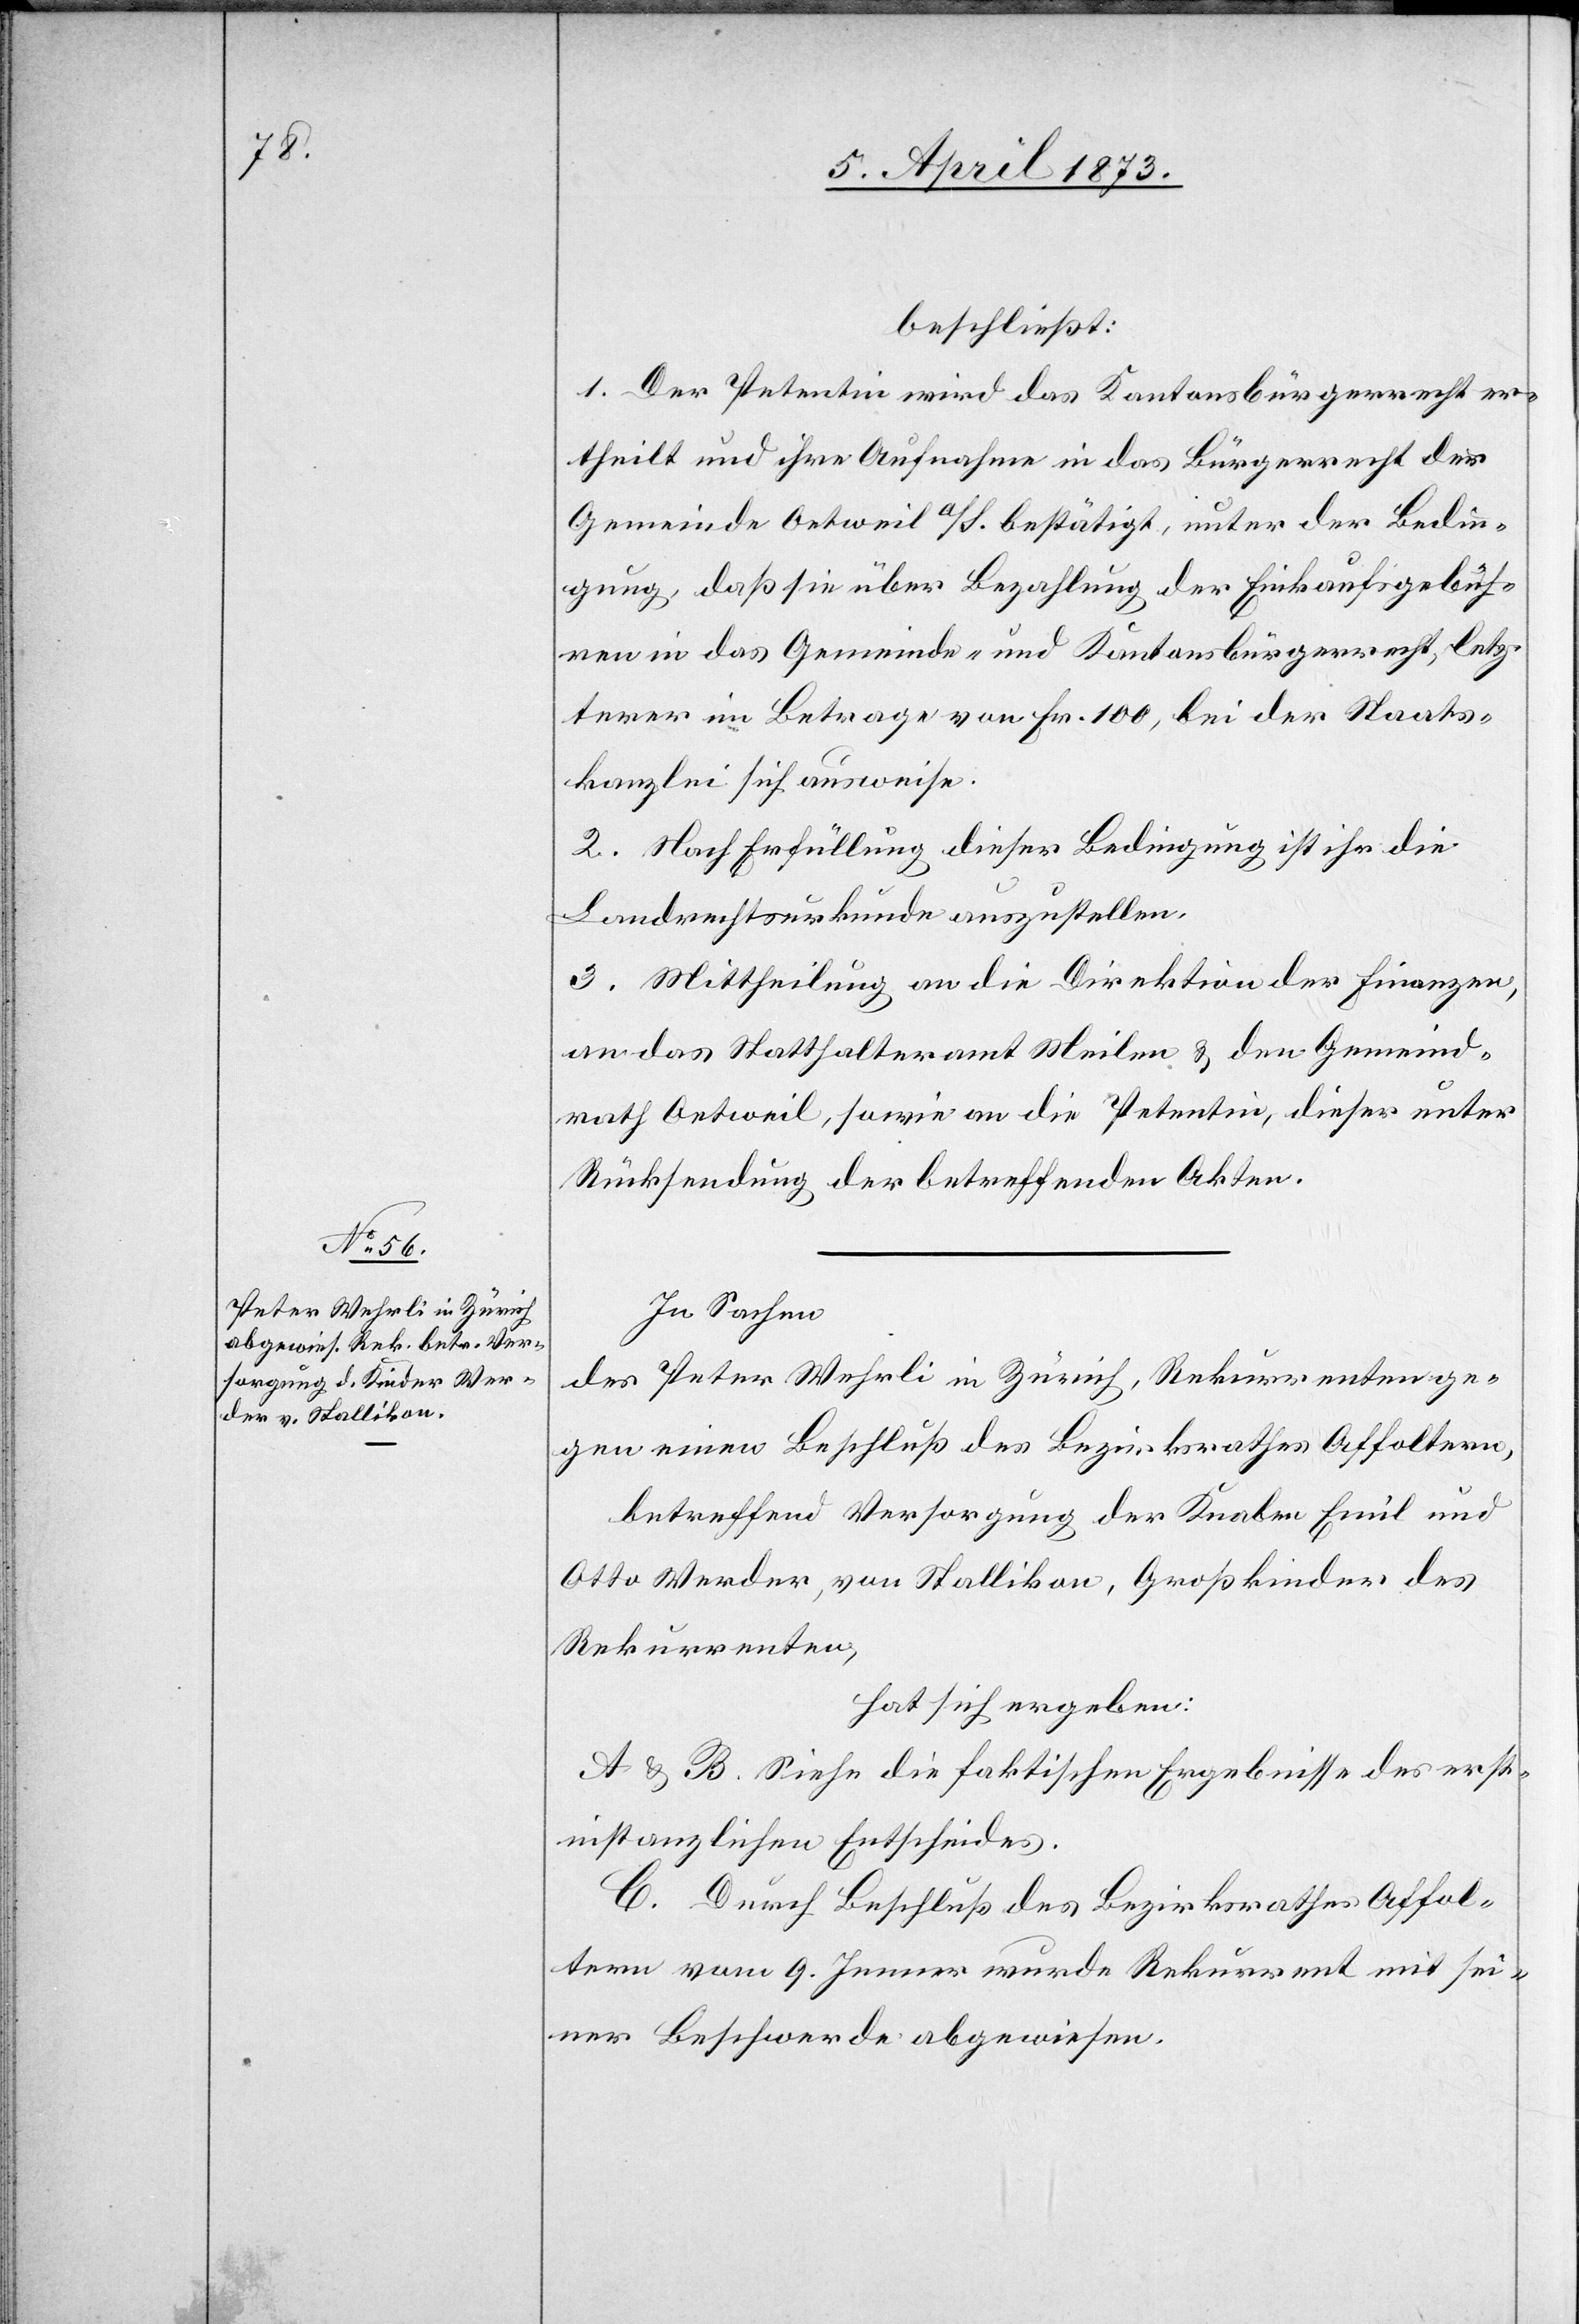
beschließt:
1. Der Petentin wird das Kantonsbürgerrecht er¬
theilt und ihre Aufnahme in das Bürgerrecht der
Gemeinde Oetwil a/S. bestätigt, unter der Bedin¬
gung, daß sie über Bezahlung der Einkaufsgebüh¬
ren in das Gemeinde- und Kantonsbürgerrecht, letz¬
terer im Betrage von Fr. 100, bei der Staats¬
kanzlei sich ausweise.
2. Nach Erfüllung dieser Bedingung ist ihr die
Landrechtsurkunde auszustellen.
3. Mittheilung an die Direktion der Finanzen,
an das Statthalteramt Meilen & den Gemeind¬
rath Oetweil, sowie an die Petentin, dieser unter
Rücksendung der betreffenden Akten.
In Sachen
des Peter Wehrli in Zürich, Rekurrenten ge¬
gen einen Beschluß des Bezirksrathes Affoltern,
betreffend Versorgung der Knaben Emil und
Otto Werder, von Stallikon, Großkinder des
Rekurrenten,
hat sich ergeben:
A & B. Siehe die faktischen Ergebnisse des erst¬
instanzlichen Entscheides.
C. Durch Beschluß des Bezirksrathes Affol¬
tern vom 9. Jenner wurde Rekurrent mit sei¬
ner Beschwerde abgewiesen.